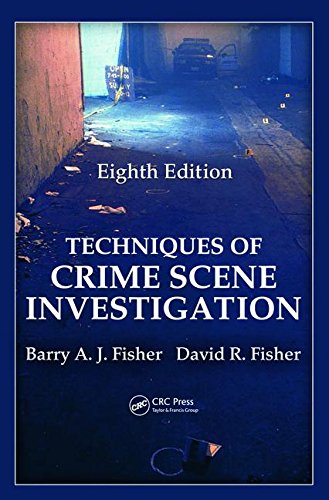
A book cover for Techniques of Crime Scene Investigation, Eighth Edition (Forensic and Police Science); Barry A. J. Fisher; Law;